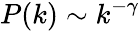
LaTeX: P(k)\sim k^{-\gamma}